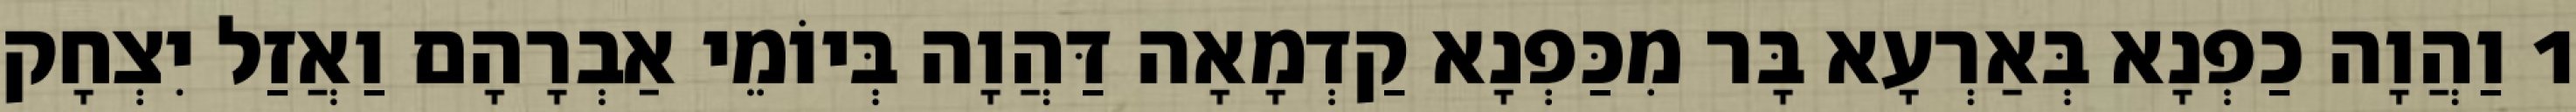
1 וַהֲוָה כַפְנָא בְּאַרְעָא בָּר מִכַּפְנָא קַדְמָאָה דַּהֲוָה בְּיוֹמֵי אַבְרָהָם וַאֲזַל יִצְחָק